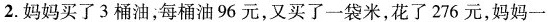
2.妈妈买了3桶油；每桶油96元，又买了一袋米，花了276元，妈妈一